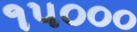
૧૫૦૦૦